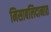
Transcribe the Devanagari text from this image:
मिसाबलिदानात